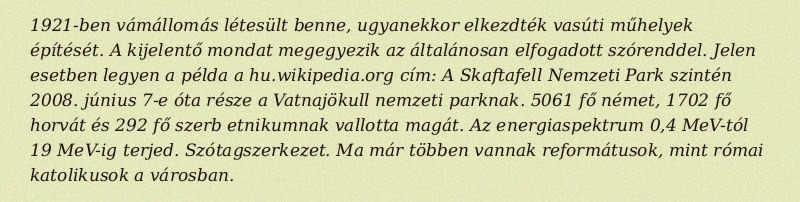
1921-ben vámállomás létesült benne, ugyanekkor elkezdték vasúti műhelyek építését. A kijelentő mondat megegyezik az általánosan elfogadott szórenddel. Jelen esetben legyen a példa a hu.wikipedia.org cím: A Skaftafell Nemzeti Park szintén 2008. június 7-e óta része a Vatnajökull nemzeti parknak. 5061 fő német, 1702 fő horvát és 292 fő szerb etnikumnak vallotta magát. Az energiaspektrum 0,4 MeV-tól 19 MeV-ig terjed. Szótagszerkezet. Ma már többen vannak reformátusok, mint római katolikusok a városban.